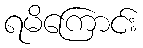
ရမိကြောင်း